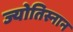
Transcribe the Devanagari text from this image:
ज्योतिस्नान